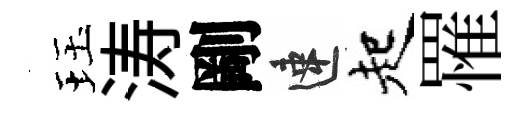
珏涛剛速起罹